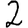
Digit: 2